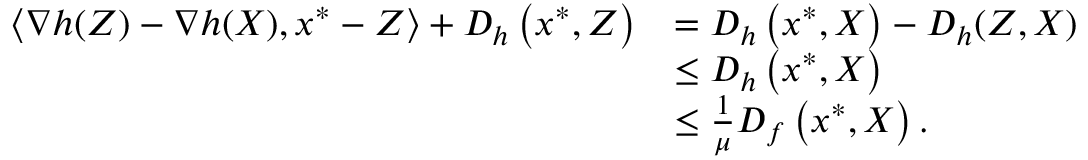
\begin{array} { r l } { \left\langle \nabla h ( Z ) - \nabla h ( X ) , x ^ { * } - Z \right\rangle + D _ { h } \left( x ^ { * } , Z \right) } & { = D _ { h } \left( x ^ { * } , X \right) - D _ { h } ( Z , X ) } \\ & { \leq D _ { h } \left( x ^ { * } , X \right) } \\ & { \leq \frac { 1 } { \mu } D _ { f } \left( x ^ { * } , X \right) . } \end{array}